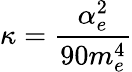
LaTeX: \kappa=\frac{\alpha_{e}^{2}}{90m_{e}^{4}}